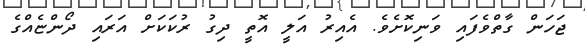
ޖަހަން ގާތްވެފައި ވަނިކޮށެވެ. އެއިރު އަލީ އޮތީ ދިގު ރުކަކަށް އަރައި ދޯންޏެއްގެ